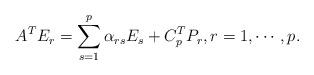
LaTeX: \begin{align*}\displaystyle A^TE_r =\sum_{s=1}^p \alpha_{rs} E_s + C_p^TP_r, r=1,\cdots, p.\end{align*}